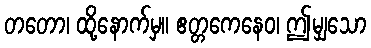
တတော၊ ထို့နောက်မှ။ ဧတ္တကေနေဝ၊ ဤမျှသော